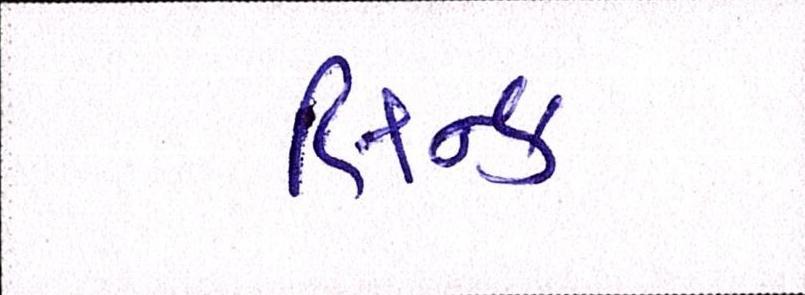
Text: લિન્ક